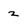
Character: 2